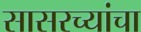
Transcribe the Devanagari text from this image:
सासरच्यांचा